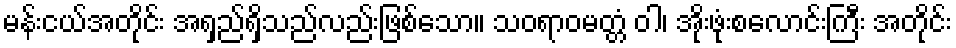
မန်းငယ်အတိုင်း အရှည်ရှိသည်လည်းဖြစ်သော။ သဝရာဝမတ္တံ ဝါ၊ အိုးဖုံးစလောင်းကြီး အတိုင်း